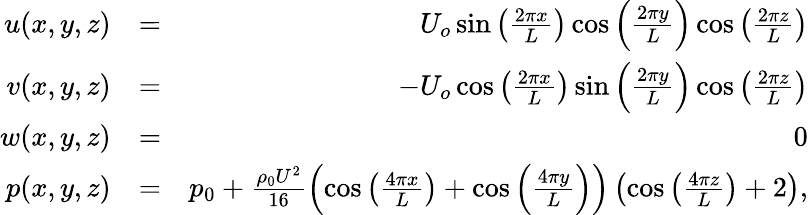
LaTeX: \begin{array}{rlr}{u(x,y,z)}&{=}&{U_{o}\sin{\left(\frac{2\pi x}{L}\right)}\cos{\left(\frac{2\pi y}{L}\right)}\cos{\left(\frac{2\pi z}{L}\right)}}\\ {v(x,y,z)}&{=}&{-U_{o}\cos{\left(\frac{2\pi x}{L}\right)}\sin{\left(\frac{2\pi y}{L}\right)}\cos{\left(\frac{2\pi z}{L}\right)}}\\ {w(x,y,z)}&{=}&{0}\\ {p(x,y,z)}&{=}&{p_{0}+\frac{\rho_{0}U^{2}}{16}\left(\cos{\left(\frac{4\pi x}{L}\right)}+\cos{\left(\frac{4\pi y}{L}\right)}\right)\left(\cos{\left(\frac{4\pi z}{L}\right)}+2\right),}\end{array}